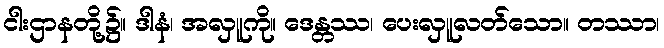
ငါးဌာနတို့၌။ ဒါနံ၊ အလှူကို။ ဒေန္တဿ၊ ပေးလှူလတ်သော။ တဿာ၊